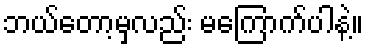
ဘယ်တော့မှလည်း မကြောက်ပါနဲ့။